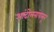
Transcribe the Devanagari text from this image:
आंदोलनांपासून